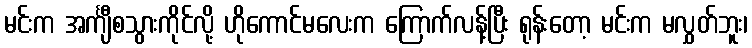
မင်းက အင်္ကျီစသွားကိုင်လို့ ဟိုကောင်မလေးက ကြောက်လန့်ပြီး ရုန်းတော့ မင်းက မလွှတ်ဘူး၊